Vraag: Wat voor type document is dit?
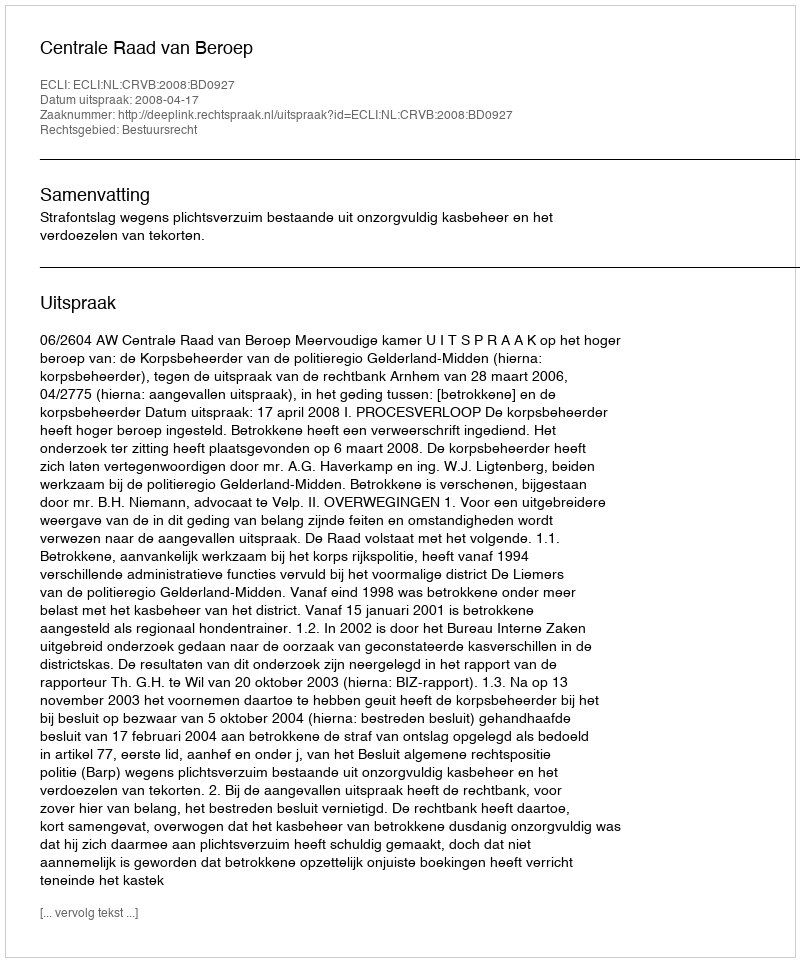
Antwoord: Uitspraak